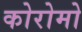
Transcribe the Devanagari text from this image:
कोरोमो